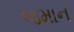
જમાન